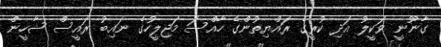
ގާނޫނީ ވަކީލު އަދި ކުރީގެ ރައްޔިތުންގެ ހާއްސަ މަޖިލީހުގެ ނައިބު ރައީސް ޝާހީން